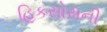
હિકસોસની